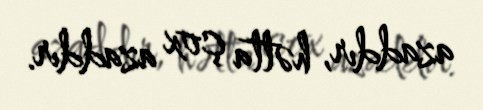
azaddır, hətta çox azaddır.